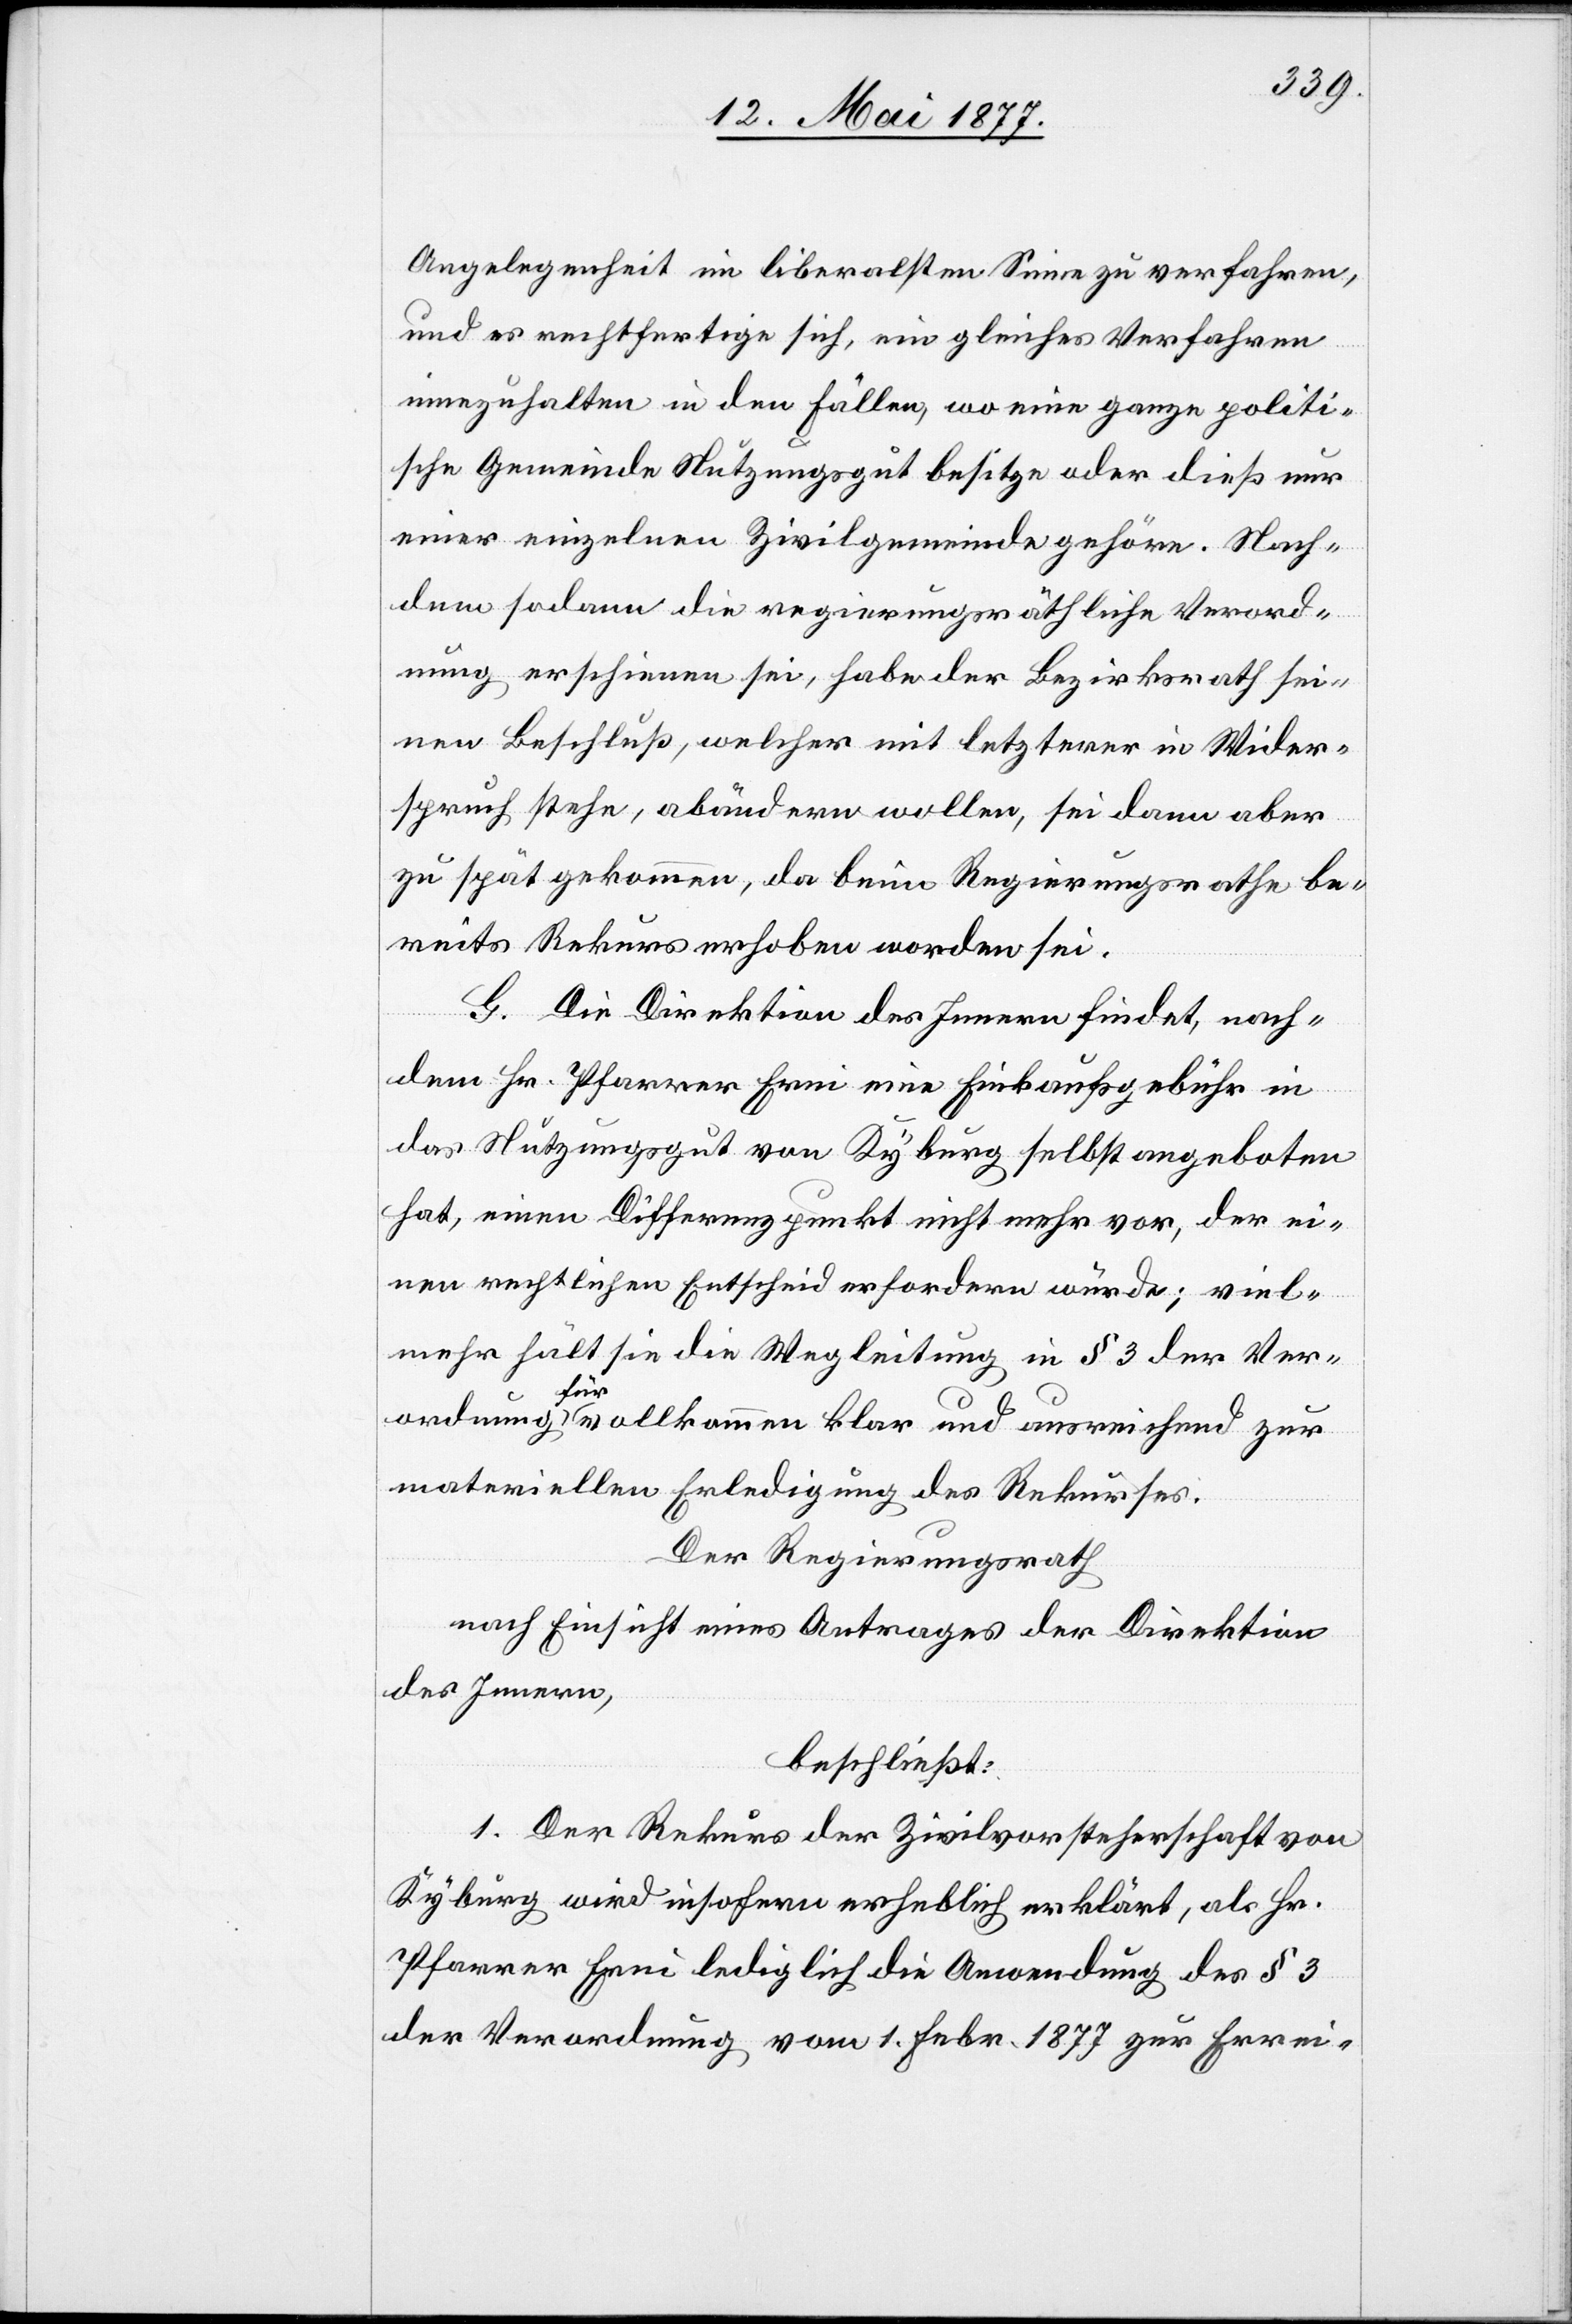
Angelegenheit im liberalsten Sinne zu verfahren,
und es rechtfertige sich, ein gleiches Verfahren
einzuhalten in den Fällen, wo eine ganze politi¬
sche Gemeinde Nutzungsgut besitze oder dieß nur
einer einzelnen Zivilgemeinde gehöre. Nach¬
dem sodann die regierungsräthliche Verord¬
nung erschienen sei, habe der Bezirksrath sei¬
nen Beschluß, welcher mit letzterer in Wider¬
spruch stehe, abändern wollen, sei dann aber
zu spät gekommen, da beim Regierungsrathe be¬
reits Rekurs erhoben worden sei.
G. Die Direktion des Innern findet, nach¬
dem Hr. Pfarrer Erni eine Einkaufsgebühr in
das Nutzungsgut von Kyburg selbst angeboten
hat, einen Differenzpunkt nicht mehr vor, der ei¬
nen rechtlichen Entscheid erfordern würde; viel¬
mehr hält sie die Wegleitung in § 3 der Ver¬
ordnung für vollkommen klar und ausreichend zur
materiellen Erledigung des Rekurses.
Der Regierungsrath,
nach Einsicht eines Antrages der Direktion
des Innern,
beschließt:
1. Der Rekurs der Zivilvorsteherschaft von
Kyburg wird insofern erheblich erklärt, als Hr.
Pfarrer Erni lediglich die Anwendung des § 3
der Verordnung vom 1. Febr. 1877 zur Errei-